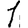
Digit: 1